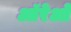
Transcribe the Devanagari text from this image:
ऑरेओ